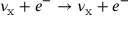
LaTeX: \nu _ { \mathrm { x } } + e ^ { - } \to \nu _ { \mathrm { x } } + e ^ { - }